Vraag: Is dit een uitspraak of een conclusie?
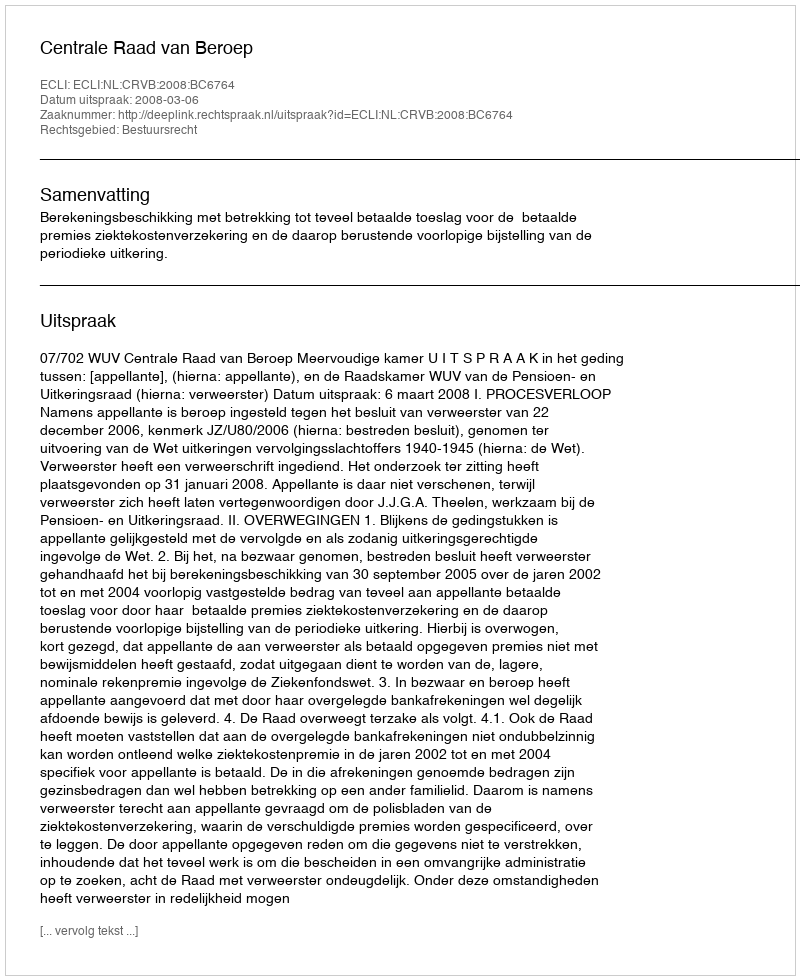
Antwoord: Uitspraak